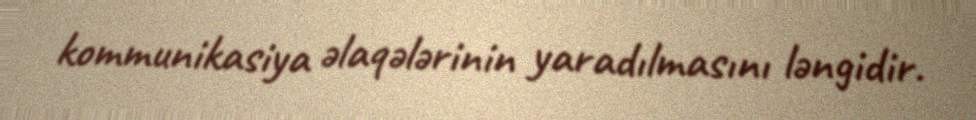
kommunikasiya əlaqələrinin yaradılmasını ləngidir.